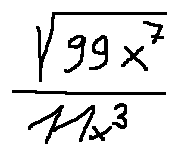
\frac { \sqrt { 9 9 x ^ { 7 } } } { 1 1 x ^ { 3 } }